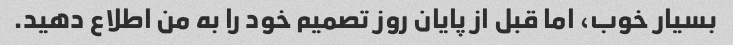
بسیار خوب، اما قبل از پایان روز تصمیم خود را به من اطلاع دهید.